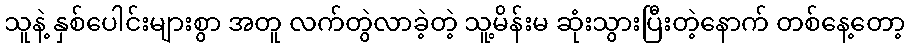
သူနဲ့ နှစ်ပေါင်းများစွာ အတူ လက်တွဲလာခဲ့တဲ့ သူ့မိန်းမ ဆုံးသွားပြီးတဲ့နောက် တစ်နေ့တော့